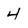
Character: 4